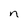
Character: n